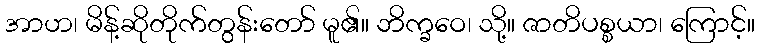
အာဟ၊ မိန့်ဆိုတိုက်တွန်းတော် မူ၏။ ဘိက္ခဝေ၊ သို့။ ဇာတိပစ္စယာ၊ ကြောင့်။